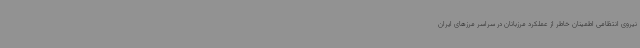
نیروی انتظامی اطمینان خاطر از عملکرد مرزبانان در سراسر مرزهای ایران